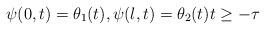
\begin{align*} \psi(0, t) = \theta_{1}(t), \psi(l, t) = \theta_{2}(t) t \geq -\tau \end{align*}